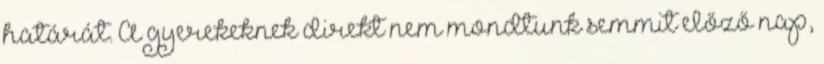
határát. A gyerekeknek direkt nem mondtunk semmit előző nap,